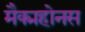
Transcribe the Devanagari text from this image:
मैक्महोनस